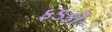
ફડકો